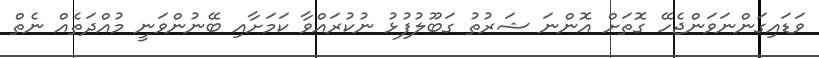
ވަޑައިގަންނަވަންޖެހޭ ގޮތަށް އޮންނަ ޝަރުތު ގަބޫލުފުޅު ނުކުރައްވާ ކަމަށާއި ބޭނުންވަނީ މުއްދަތެއް ނެތް